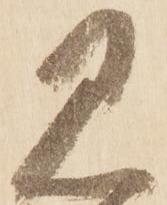
見